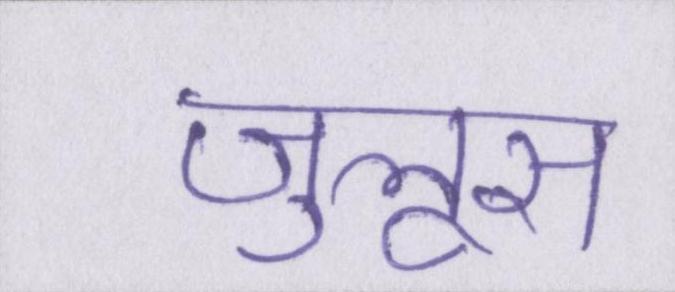
जुलूस